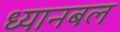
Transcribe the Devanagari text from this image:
ध्यानबल